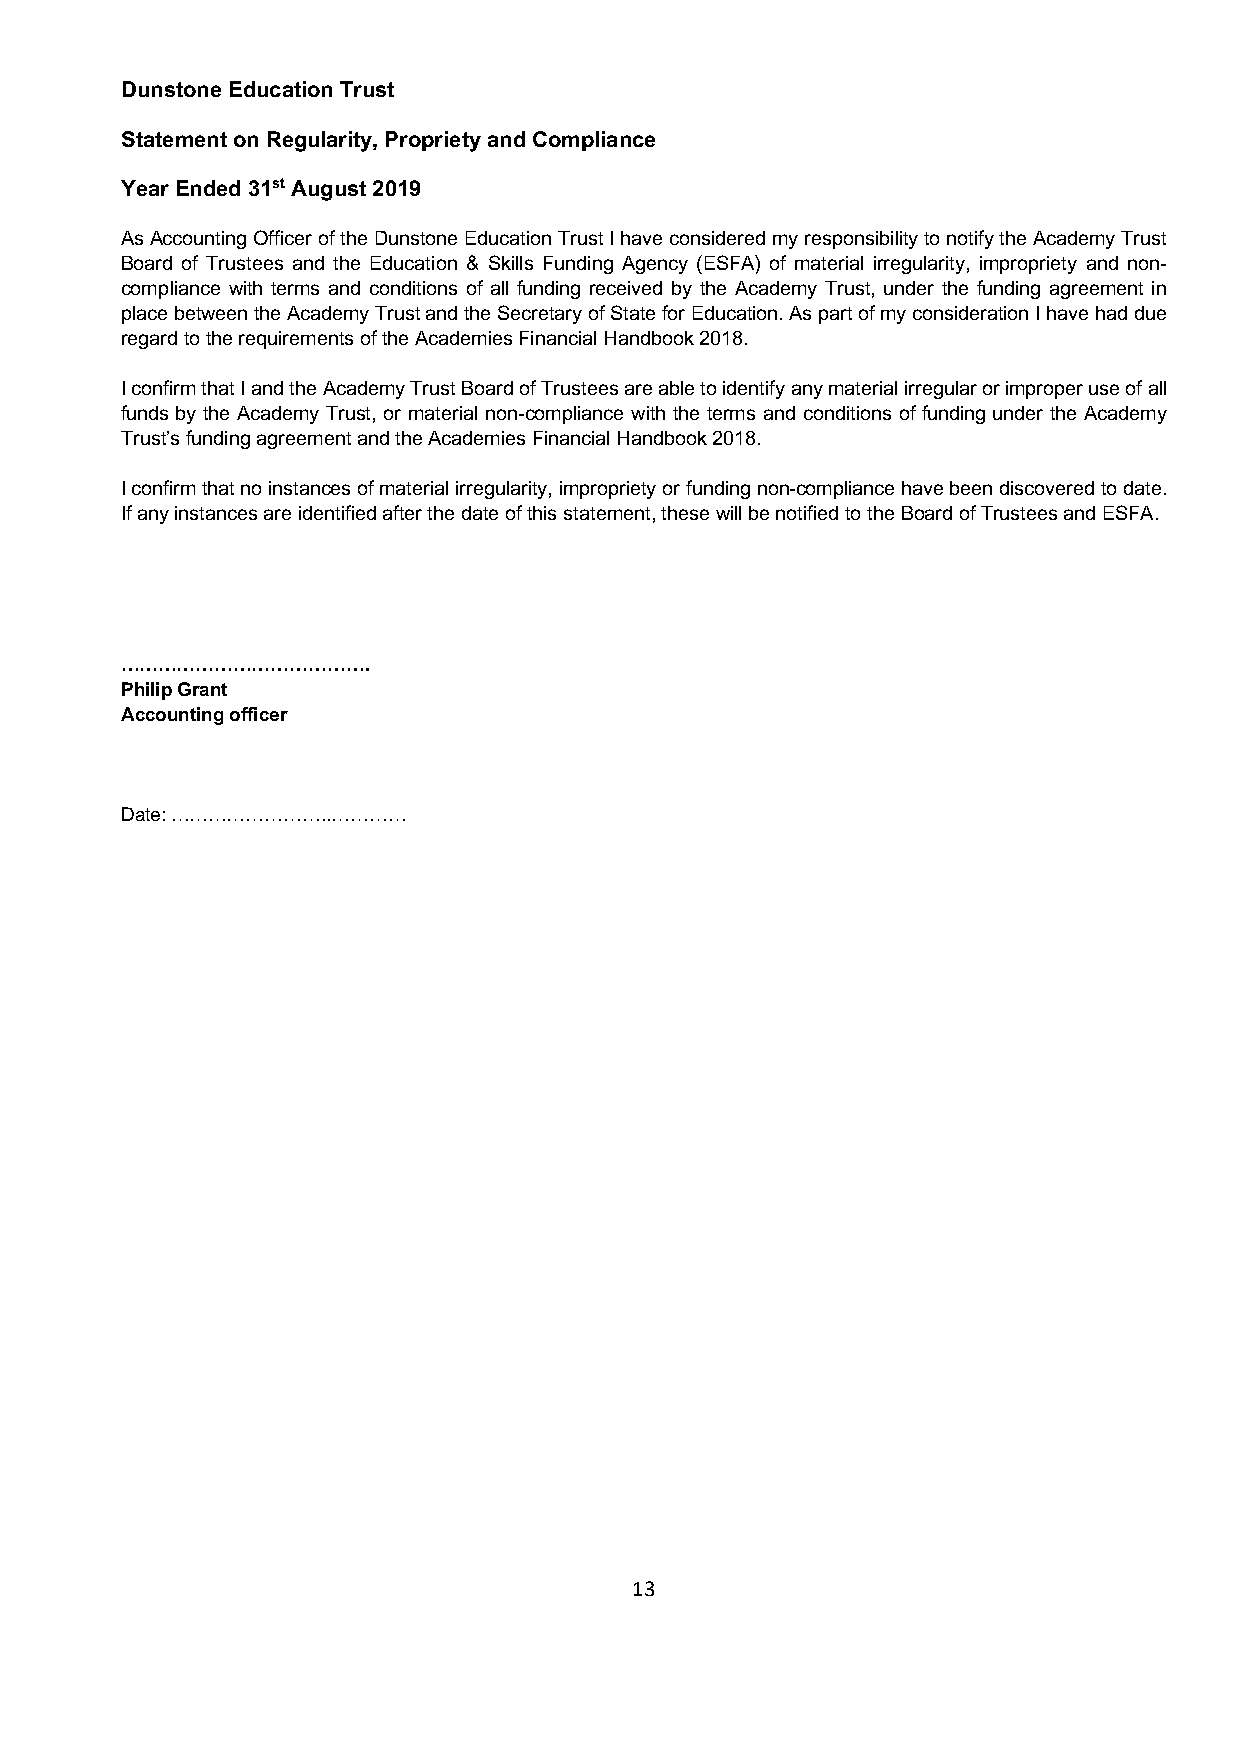
Dunstone Education Trust
 Statement on Regularity, Propriety and Compliance
 Year Ended 31st August 2019
 As Accounting Officer of the Dunstone Education Trust I have considered my responsibility to notify the Academy Trust
 Board of Trustees and the Education & Skills Funding Agency (ESFA) of material irregularity, impropriety and non-
 compliance with terms and conditions of all funding received by the Academy Trust, under the funding agreement in
 place between the Academy Trust and the Secretary of State for Education. As part of my consideration I have had due
 regard to the requirements of the Academies Financial Handbook 2018.
 I confirm that I and the Academy Trust Board of Trustees are able to identify any material irregular or improper use of all
 funds by the Academy Trust, or material non-compliance with the terms and conditions of funding under the Academy
 Trust’s funding agreement and the Academies Financial Handbook 2018.
 I confirm that no instances of material irregularity, impropriety or funding non-compliance have been discovered to date.
 If any instances are identified after the date of this statement, these will be notified to the Board of Trustees and ESFA.
 ………………………………….
 Philip Grant
 Accounting officer
 Date: ……………………..…………
 13